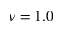
\nu = 1 . 0